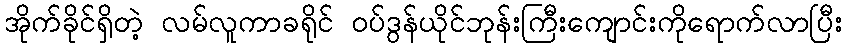
အိုက်ခိုင်ရှိတဲ့ လမ်လူကာခရိုင် ဝပ်ဒွန်ယိုင်ဘုန်းကြီးကျောင်းကိုရောက်လာပြီး